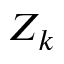
Z _ { k }